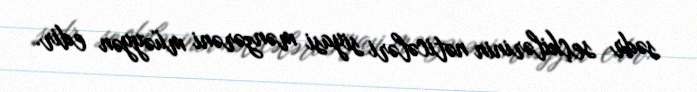
sədr seçkilərinin nəticələri siyasi mənzərəni müəyyən edir.